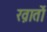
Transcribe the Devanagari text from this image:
ख़ातों